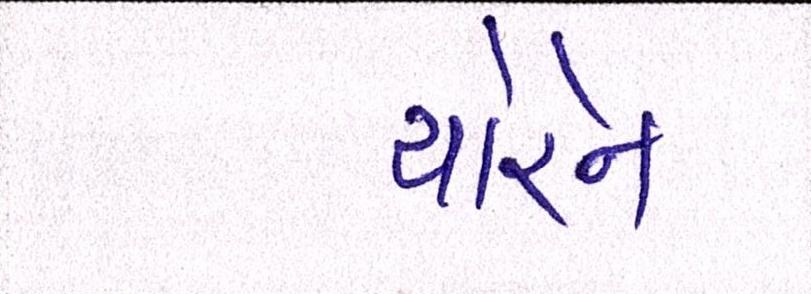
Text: ચોરને